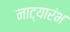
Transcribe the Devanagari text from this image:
नाट्यारंभ